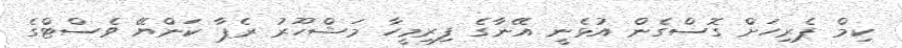
ކިމް ޕެރިހަށް ގޮސްގެން އުޅެނީ އޭނާގެ ފިރިމީހާ މަޝްހޫރު ރެޕާ ކަންޔޭ ވެސްޓްގެ